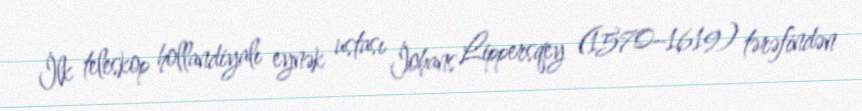
İlk teleskop hollandiyalı eynək ustası İohans Lippersqey (1570–1619) tərəfindən